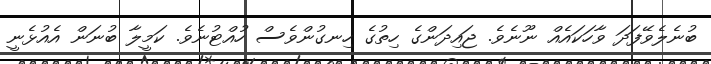
ބުނެލެވޭފަދަ ވާހަކައެއް ނޫނެވެ. ޖައިދަންގެ ހިތުގެ ހިނގުންވެސް ހުއްޓުނެވެ. ކަމީލާ ބުނަން އެއުޅެނީ